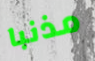
مذنبا